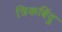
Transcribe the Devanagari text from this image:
त्रिकबिंदु